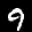
Label: 9